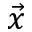
\vec { x }